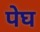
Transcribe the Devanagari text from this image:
पेघ